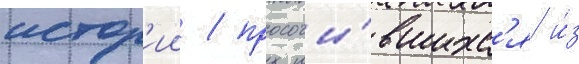
истор'ии / просочи́вшихс'я и́з